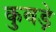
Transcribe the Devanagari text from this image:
कुबड़े